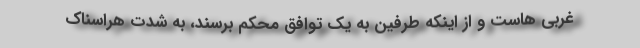
غربی هاست و از اینکه طرفین به یک توافق محکم برسند، به شدت هراسناک